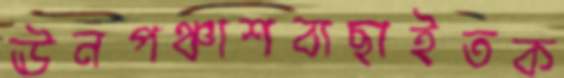
ঊনপঞ্চাশবাছাইতক